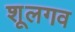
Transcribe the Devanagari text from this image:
शूलगव